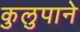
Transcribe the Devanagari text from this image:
कुलुपाने